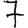
Digit: 7